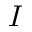
I